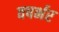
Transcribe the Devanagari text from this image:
वषर्भर